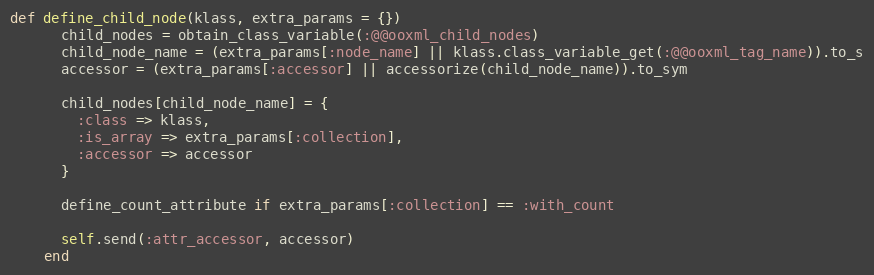
Language: Ruby
def define_child_node(klass, extra_params = {})
      child_nodes = obtain_class_variable(:@@ooxml_child_nodes)
      child_node_name = (extra_params[:node_name] || klass.class_variable_get(:@@ooxml_tag_name)).to_s
      accessor = (extra_params[:accessor] || accessorize(child_node_name)).to_sym

      child_nodes[child_node_name] = {
        :class => klass,
        :is_array => extra_params[:collection],
        :accessor => accessor
      }

      define_count_attribute if extra_params[:collection] == :with_count

      self.send(:attr_accessor, accessor)
    end